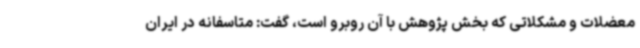
معضلات و مشکلاتی که بخش پژوهش با آن روبرو است، گفت: متاسفانه در ایران